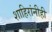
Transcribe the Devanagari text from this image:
शाहिरांनीही